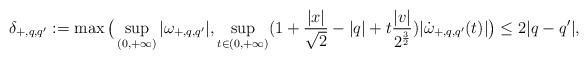
LaTeX: \begin{align*}\delta_{+,q,q'}:=\max\big(\sup_{(0,+\infty)}|\omega_{+,q,q'}|,\sup_{t\in(0,+\infty)}(1+{|x|\over \sqrt{2}}-|q|+t{|v|\over 2^{3\over 2}})|\dot \omega_{+,q,q'}(t)|\big)\le 2|q-q'|,\end{align*}